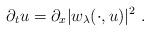
LaTeX: \begin{align*}\partial_t u=\partial_x |w_\lambda ( \cdot , u)|^2\ .\end{align*}